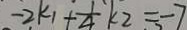
- 2 k _ { 1 } + \frac { 1 } { 4 } k _ { 2 } = - 7